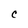
Character: C